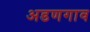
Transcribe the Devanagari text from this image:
अडणगाव